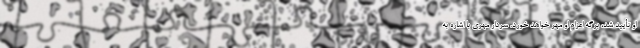
او تأیید شد، برگه اعزام او مهر خواهد خورد. سردار مهری با اشاره به